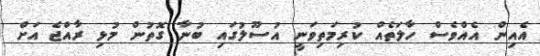
އެއިން އެއްވެސް ހާލަތެއް ކުރިމަތިވަނީ އުސޫލުގައި ބުނާ ގޮތުން މުޅި ރާއްޖެ އަށް